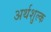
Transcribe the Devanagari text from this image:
अर्थशुल्क